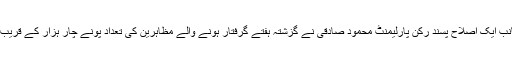
دوسری جانب ایک اصلاح پسند رکن پارلیمنٹ محمود صادقی نے گزشتہ ہفتے گرفتار ہونے والے مظاہرین کی تعداد پونے چار ہزار کے قریب بتائی تھی۔